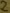
Text: 2